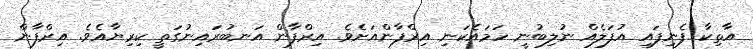
އާތިކާ ފެނިފައި އުފަލެއް ނުލިބުނީ ހަމައެކަނި އިރްފާންއަށެވެ. އިރްފާން އަނބުރައިނުގަތީ ކިރިޔާއެވެ. އިރްފާން